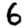
Digit: 6